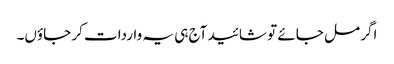
اگر مل جائے تو شائید آج ہی یہ واردات کر جاؤں۔